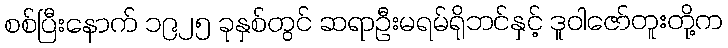
စစ်ပြီးနောက် ၁၉၂၅ ခုနှစ်တွင် ဆရာဦးမရမ်ရိုဘင်နှင့် ဒူဝါဇော်တူးတို့က